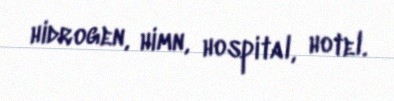
hidrogen, himn, hospital, hotel.